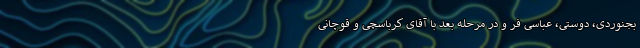
بجنوردی، دوستی، عباسی فر و در مرحله بعد با آقای کرباسچی و قوچانی